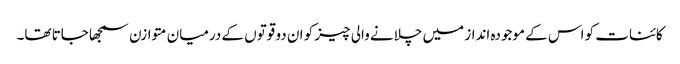
کائنات کو اس کے موجودہ انداز میں چلانے والی چیز کو ان دو قوتوں کے درمیان متوازن سمجھا جاتا تھا۔